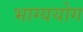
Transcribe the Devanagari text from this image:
भाग्ययोग